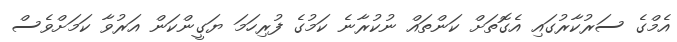
އެމްގެ ސަރުކާރުގައި އެގޮތަށް ކަންތައް ނުކުރާނެ ކަމުގެ ފުރިހަމަ ޔަގީންކަން އަރުވާ ކަމަށްވެސް